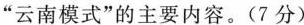
“云南模式”的主要内容。(7分)